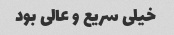
خیلى سریع و عالى بود